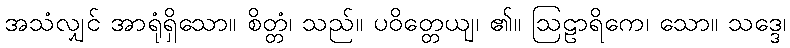
အသံလျှင် အာရုံရှိသော။ စိတ္တံ၊ သည်။ ပဝိတ္တေယျ၊ ၏။ ဩဠာရိကေ၊ သော။ သဒ္ဒေ၊